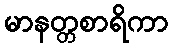
မာနတ္တစာရိကာ